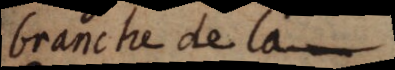
branche de la